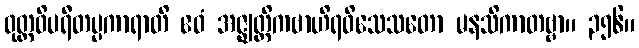
ဝုတ္တဝိပရီတပ္ပကာရာတိ ဧဝံ အဇ္ဈတ္တိကဗာဟိရဝိသေသတော မနသိကာတဗ္ဗာ။ ၃၅၆။